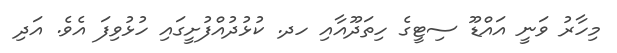
މިހާރު ވަނީ އައްޑޫ ސިޓީގެ ހިތަދޫއާއި ހދ. ކުޅުދުއްފުށީގައި ހުޅުވިފަ އެވެ. އަދި